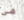
هي